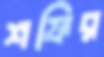
শফির